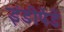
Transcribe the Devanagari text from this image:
इंडीपेंडें